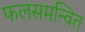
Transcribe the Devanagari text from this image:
फलसमन्वित